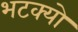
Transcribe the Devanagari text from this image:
भटक्‍यो